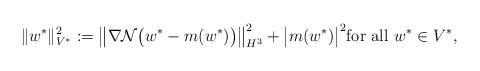
LaTeX: \begin{align*} \|w^*\|_{V^*}^2:=\bigl \|\nabla {\mathcal N} \bigl( w^*-m(w^*) \bigr )\bigr \|_{H^3}^2+ \bigl| m(w^*) \bigr|^2 \hbox{for~all~}w^* \in V^*,\end{align*}